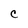
Character: C